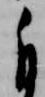
自